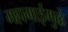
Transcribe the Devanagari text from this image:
महागाईमुळे